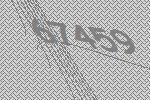
67459